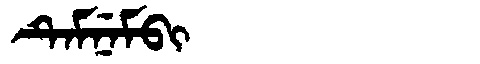
Manchu: ᡨᡝᠮᠨᡝᠮᠪᡳ
Romanization: TEMNEMBI